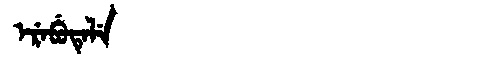
Manchu: ᡝᡵᡝᠪᡠᡨᡝᠯᡝ
Romanization: EREBUTELE